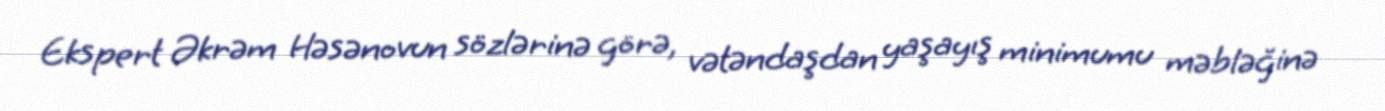
Ekspert Əkrəm Həsənovun sözlərinə görə, vətəndaşdan yaşayış minimumu məbləğinə